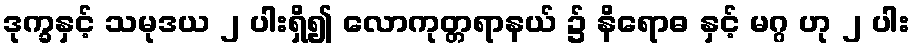
ဒုက္ခနှင့် သမုဒယ ၂ ပါးရှိ၍ လောကုတ္တရာနယ် ၌ နိရောဓ နှင့် မဂ္ဂ ဟု ၂ ပါး